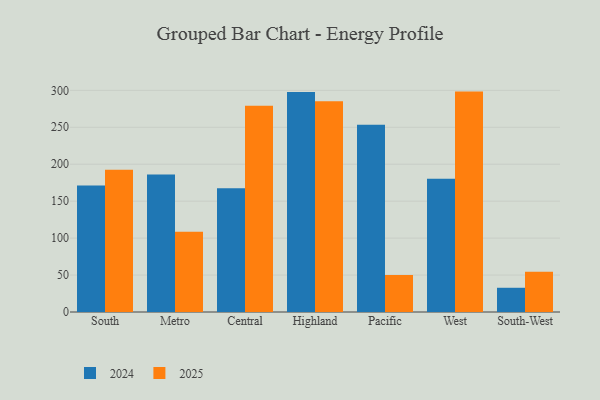
{"axis": {"x": "Region", "y": "Shipments"}, "legend": ["2024", "2025"], "data": [{"x": "South", "y": 171.1, "type": "2024"}, {"x": "South", "y": 192.6, "type": "2025"}, {"x": "Metro", "y": 186.2, "type": "2024"}, {"x": "Metro", "y": 108.5, "type": "2025"}, {"x": "Central", "y": 167.6, "type": "2024"}, {"x": "Central", "y": 279.0, "type": "2025"}, {"x": "Highland", "y": 297.9, "type": "2024"}, {"x": "Highland", "y": 285.4, "type": "2025"}, {"x": "Pacific", "y": 253.6, "type": "2024"}, {"x": "Pacific", "y": 50.2, "type": "2025"}, {"x": "West", "y": 180.3, "type": "2024"}, {"x": "West", "y": 298.3, "type": "2025"}, {"x": "South-West", "y": 32.8, "type": "2024"}, {"x": "South-West", "y": 54.6, "type": "2025"}]}